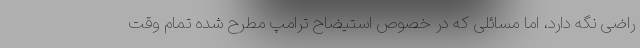
راضی نگه دارد، اما مسائلی که در خصوص استیضاح ترامپ مطرح شده تمام وقت